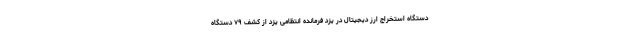
دستگاه استخراج ارز دیجیتال در یزد فرمانده انتظامی یزد از کشف ۷۹ دستگاه